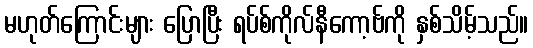
မဟုတ်ကြောင်းများ ပြောပြီး ရပ်စ်ကိုလ်နီကော့ဗ်ကို နှစ်သိမ့်သည်။